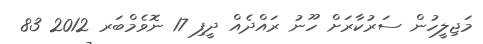
މަޖިލީހުން ސަރުކާރަށް ހޫނު ރައްދެއް ދީފި 17 ނޮވެމްބަރ 2012 83